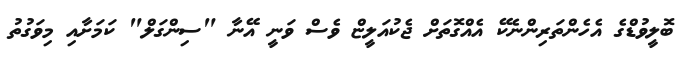
ބޮލީވުޑްގެ އެހެންތަރިންނެކޭ އެއްގޮތަށް ޖެކުއަލީޏް ވެސް ވަނީ އޭނާ "ސިންގަލް" ކަމަށާއި މިވަގުތު